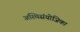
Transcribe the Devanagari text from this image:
अस्थिसंयोजिका